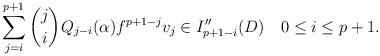
LaTeX: \begin{align*}\sum_{j=i}^{p+1}{j\choose i}Q_{j-i}(\alpha)f^{p+1-j}v_j\in I''_{p+1-i}(D)\quad0\leq i\leq p+1.\end{align*}